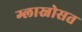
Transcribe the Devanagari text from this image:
ग्लास्नोसत